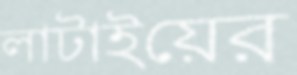
লাটাইয়ের